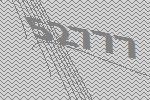
52777